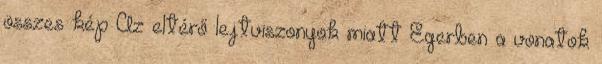
összes kép Az eltérő lejtviszonyok miatt Egerben a vonatok